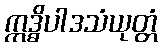
ဣဒ္ဓိပါဒသံယုတ္တံ